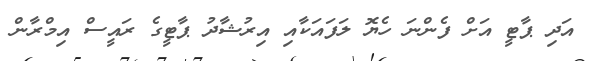
އަދި ޕާޓީ އަށް ފެންނަ ހެޔޮ ލަފައަކާއި އިރުޝާދު ޕާޓީގެ ރައީސް އިމްރާން